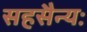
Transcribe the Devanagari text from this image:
सहसैन्यः